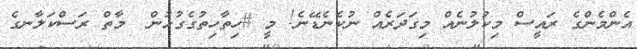
އެންމެންގެ ރައީސް މިކުލުނެއް މިގަދަރެއް ނުކެނެޑޭނެ! މީ #ހިތާހިތުގެގުޅުން  މާތް ރަސްކަލާނގެ